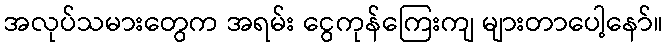
အလုပ်သမားတွေက အရမ်း ငွေကုန်ကြေးကျ များတာပေါ့နော်။